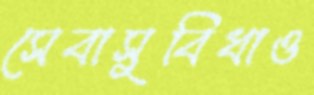
সেবাসুবিধাও